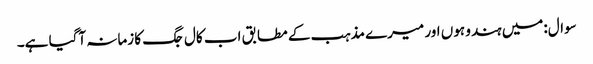
سوال:میں ہندو ہوں اور میرے مذہب کے مطابق اب کال جگ کا زمانہ آگیا ہے۔